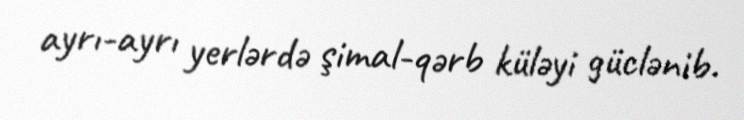
ayrı-ayrı yerlərdə şimal-qərb küləyi güclənib.